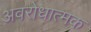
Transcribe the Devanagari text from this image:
अवरोधात्मक